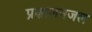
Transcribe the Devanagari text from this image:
प्रक्षालनजल